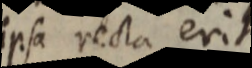
ipsa recta erit